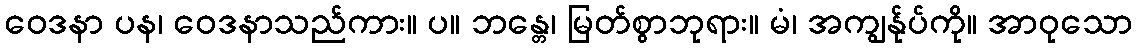
ဝေဒနာ ပန၊ ဝေဒနာသည်ကား။ ပ။ ဘန္တေ၊ မြတ်စွာဘုရား။ မံ၊ အကျွန်ုပ်ကို။ အာဝုသော